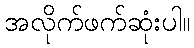
အလိုက်ဖက်ဆုံးပါ။